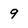
Character: 9